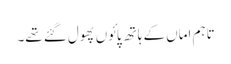
تاہم اماں کے ہاتھ پائوں پھول گئے تھے۔